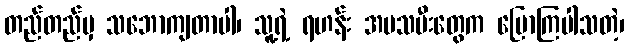
တည်တည်မှ သဘောကျတာပါ၊ သူ့ရဲ့ ရဟန်း အမသမီးတွေက ပြောကြပါသတဲ့၊